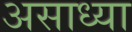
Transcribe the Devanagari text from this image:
असाध्या